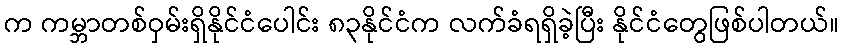
က ကမ္ဘာတစ်ဝှမ်းရှိနိုင်ငံပေါင်း ၈၃နိုင်ငံက လက်ခံရရှိခဲ့ပြီး နိုင်ငံတွေဖြစ်ပါတယ်။